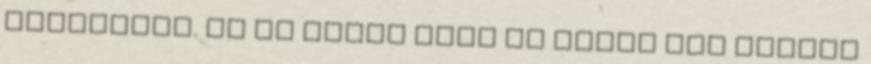
írásomból. Én is tudom hogy ma Jézus nem földig